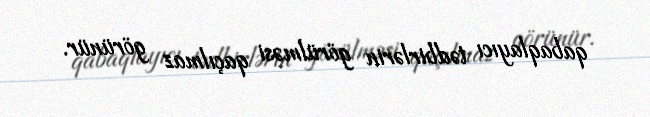
qabaqlayıcı tədbirlərin görülməsi qaçılmaz görünür.